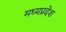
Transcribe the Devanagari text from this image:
मघ्‍यप्रदेश